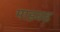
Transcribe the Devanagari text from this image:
माइक्ड